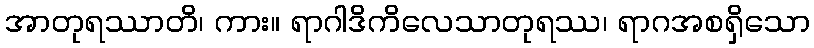
အာတုရဿာတိ၊ ကား။ ရာဂါဒိကိလေသာတုရဿ၊ ရာဂအစရှိသော